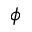
\phi